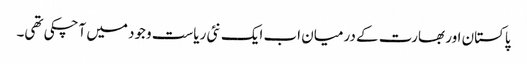
پاکستان اور بھارت کے درمیان اب ایک نئی ریاست وجود میں آچکی تھی۔